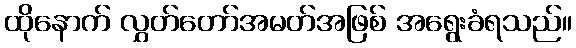
ထိုနောက် လွှတ်တော်အမတ်အဖြစ် အရွေးခံရသည်။